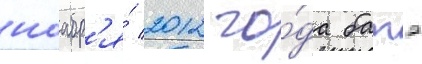
ноабр'я́ 2012 го́да батэ